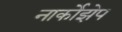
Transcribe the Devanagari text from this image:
नार्कोझेप